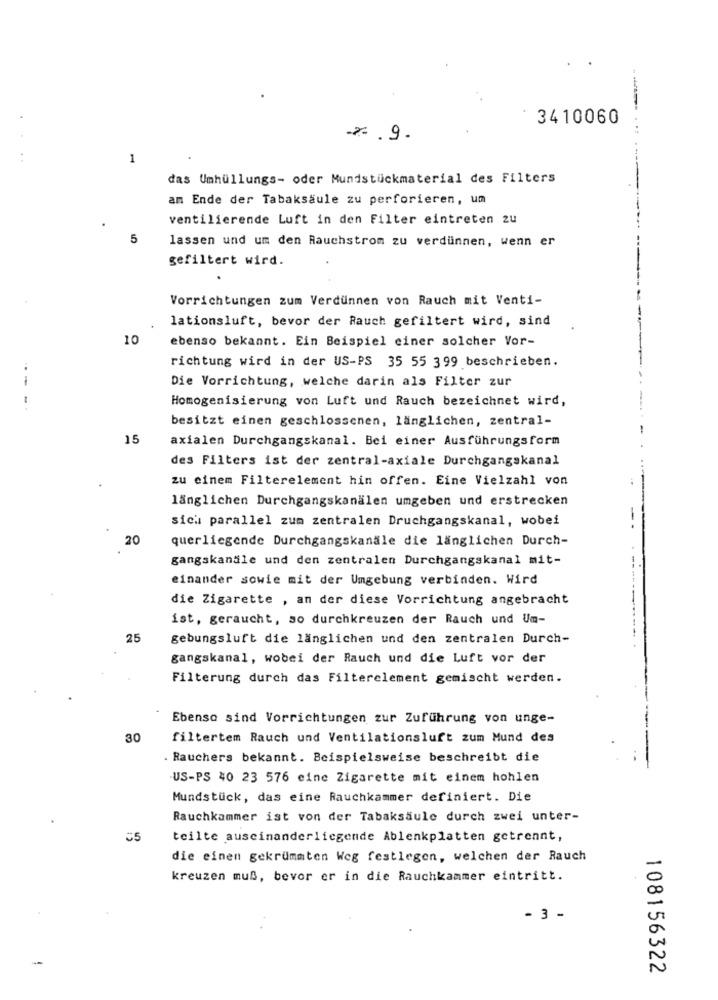
3410060
-z .9.
1
das Umhüllungs- oder Mundstückmaterial des Filters
am Ende der Tabaksäule zu perforieren, um
ventilierende Luft in den Filter eintreten 24
5
lassen und um den Rauchstrom zu verdünnen, wenn er
gefiltert wird.
Vorrichtungen zum Verdunnen von Rauch mit Venti-
lationsluft, bevor der Rauch gefiltert wird, sind
10
ebenso bekannt. Ein Beispiel einer solcher Vor-
richtung wird in der US-PS 35 55 399 beschrieben.
Die Vorrichtung, welche darin als Filter zur
Homogenisierung von Luft und Rauch bezeichnet wird,
besitzt einen geschlossenen, länglichen, zentral-
15
axialen Durchgangskanal. Bei einer Ausführungsform
des Filters ist der zentral-axiale Durchgangskanal
zu einem Filterelement hin offen. Eine Vielzahl von
länglichen Durchgangskanälen umgeben und erstrecken
sich parallel zum zentralen Druchgangskanal, wobei
20
querliegende Durchgangskanäle die länglichen Durch-
gangskanäle und den zentralen Durchgangskanal mit-
einander sowie mit der Umgebung verbinden. Wird
die Zigarette , an der diese Vorrichtung angebracht
ist, geraucht, so durchkreuzen der Rauch und Um-
25
gebungsluft die länglichen und den zentralen Durch-
gangskanal, wobei der Rauch und die Luft vor der
Filterung durch das Filterclement gemischt werden.
Ebenso sind Vorrichtungen zur Zuführung von unge-
30
filtertem Rauch und Ventilationsluft zum Mund des
. Rauchers bekannt. Beispielsweise beschreibt die
US-PS 40 23 576 eine Zigarette mit einem hohlen
Mundstück, das eine Rauchkammer definiert. Die
Rauchkammer ist von der Tabaksäule durch zwei unter-
55
teilte auseinanderliegende Ablenkplatten getrennt,
die einen gekrümmten Weg festlegen, welchen der Rauch
kreuzen muß, bevor er in die Rauchkammer eintritt.
- 3 -
108156322